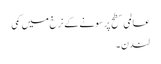
عالمی سطح پر سونے کے نرخ میں کمی
لندن ۔